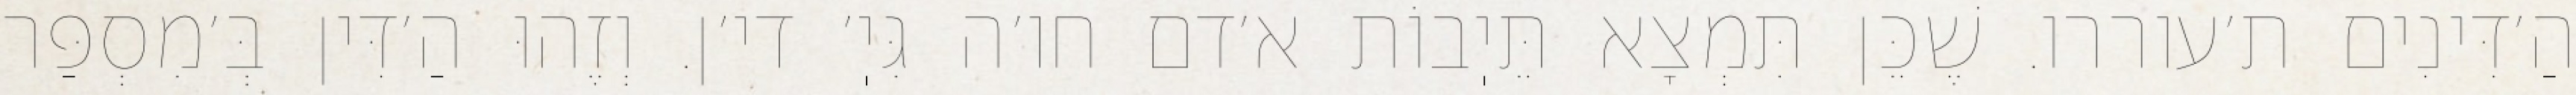
הַ׳דִּינִים ת׳עוררו. שֶׁכֵּן תִּמְצָא תֵּיֽבוֹת א׳דם חו׳ה גִּיֽ׳ די׳ן. וְזֶהוּ הַ׳דִּין בְּ׳מִסְפַּר